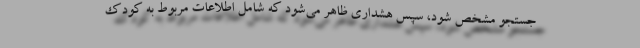
جستجو مشخص شود، سپس هشداری ظاهر می‌شود که شامل اطلاعات مربوط به کودک